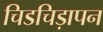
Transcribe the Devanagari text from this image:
चिडचिड़ापन